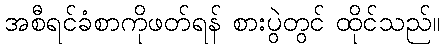
အစီရင်ခံစာကိုဖတ်ရန် စားပွဲတွင် ထိုင်သည်။